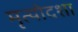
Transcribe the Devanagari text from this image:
मृत्योदशा